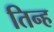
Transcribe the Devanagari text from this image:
तिन्ह